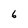
Character: 6